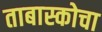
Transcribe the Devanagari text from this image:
ताबास्कोचा